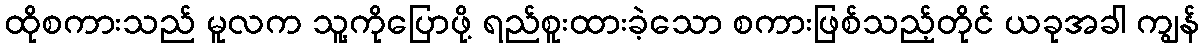
ထိုစကားသည် မူလက သူ့ကိုပြောဖို့ ရည်စူးထားခဲ့သော စကားဖြစ်သည့်တိုင် ယခုအခါ ကျွန်